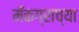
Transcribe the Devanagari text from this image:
मॅकग्राच्या